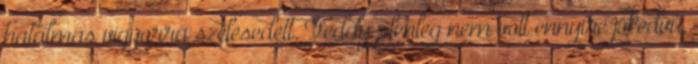
hatalmas vigyorra szélesedett. Teddy jelenleg nem volt ennyire jókedvű,